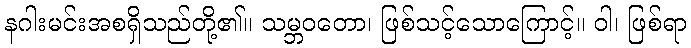
နဂါးမင်းအစရှိသည်တို့၏။ သမ္ဘဝတော၊ ဖြစ်သင့်သောကြောင့်။ ဝါ၊ ဖြစ်ရာ